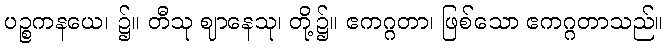
ပဉ္စကနယေ၊ ၌။ တီသု ဈာနေသု၊ တို့၌။ ဧကဂ္ဂတာ၊ ဖြစ်သော ဧကဂ္ဂတာသည်။